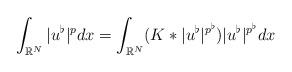
LaTeX: \begin{align*}\int_{\mathbb{R}^N}|u^\flat|^{p}dx= \int_{\mathbb{R}^N}(K\ast |u^\flat|^{p^\flat}) |u^\flat|^{p^\flat} dx\end{align*}